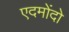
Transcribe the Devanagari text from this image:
एदमोंदो